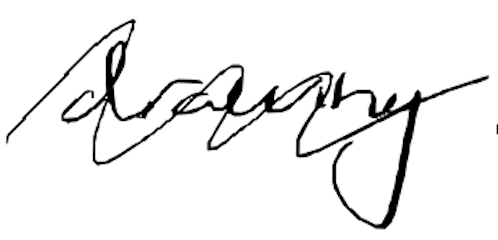
Text: drawing
Cross-out: wave
Writing tool: digital_black